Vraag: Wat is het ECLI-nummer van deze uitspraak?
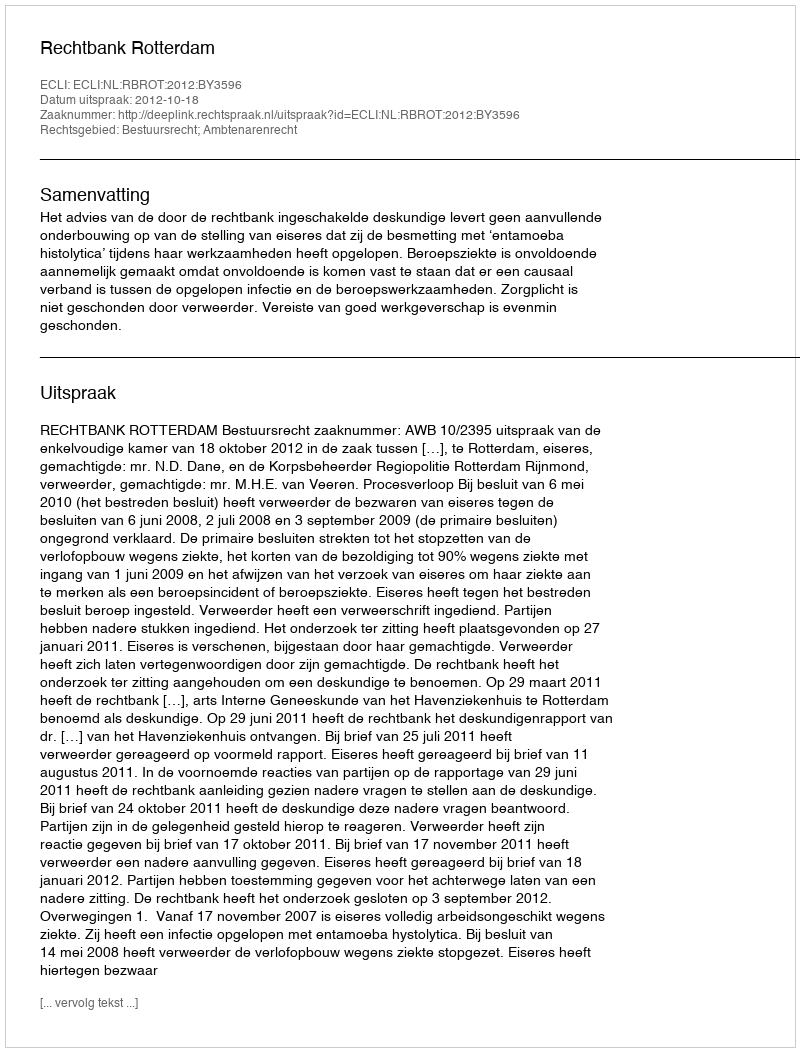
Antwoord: ECLI:NL:RBROT:2012:BY3596